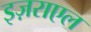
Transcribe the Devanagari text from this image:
इज़राएल